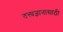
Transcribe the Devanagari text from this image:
तत्त्वज्ञानासाठी